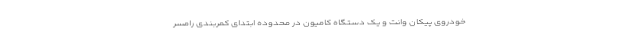
خودروی پیکان وانت و یک دستگاه کامیون در محدوده ابتدای کمربندی رامسر